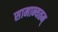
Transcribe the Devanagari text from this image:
सामान्यतम्